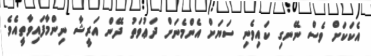
އެކަކަށް ވެސް ނޭނގި ކައިވެނި ސަޔަށް އެންމެނަށް ދަޢުވަތު ދޭން އަރީޝާ ނިންމާފައިވާތީއެވެ.